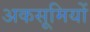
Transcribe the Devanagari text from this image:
अकसूमियों